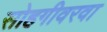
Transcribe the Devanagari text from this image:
सोहगीवरवा